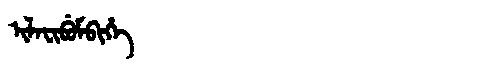
Manchu: ᡳᠯᠠᠸᡳᠪᡠᠮᠪᡳᡥᡝ
Romanization: ILAFIBUMBIHE